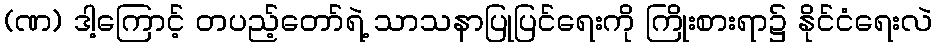
(ဏ) ဒါ့ကြောင့် တပည့်တော်ရဲ့ သာသနာပြုပြင်ရေးကို ကြိုးစားရာ၌ နိုင်ငံရေးလဲ